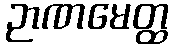
ဉာဏမေတ္ထ